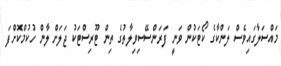
މައްސަލާގައިވެސް ލަންކާގެ ކޯޓަކުން ވަނީ ފަރަންސޭސިވިލާތުގެ ތިން ޓޫރިސްޓަކު ޖަލަށް ލާން ހުކުމްކޮށްފަ